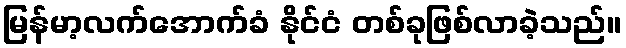
မြန်မာ့လက်အောက်ခံ နိုင်ငံ တစ်ခုဖြစ်လာခဲ့သည်။